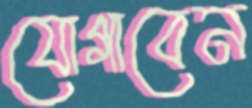
যোগাবেন